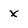
Character: x